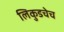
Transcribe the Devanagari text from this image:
लिकुडचेच